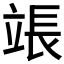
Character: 𬔡